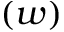
( w )